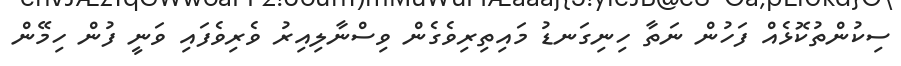
ސިކުންތުކޮޅެއް ފަހުން ނަތާ ހިނިގަނޑު މައިތިރިވެގެން ވިސްނާލިއިރު ވެރިވެފައި ވަނީ ފުން ހިމޭން